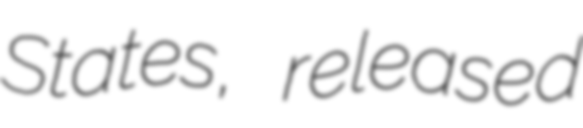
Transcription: States, released